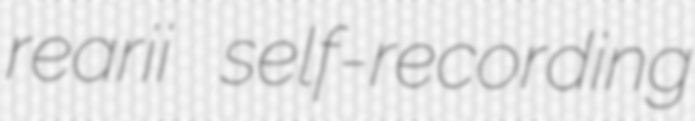
rearii self-recording